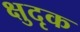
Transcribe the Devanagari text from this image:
क्षुदृक